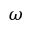
\omega